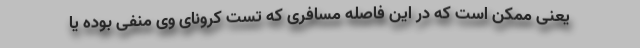
یعنی ممکن است که در این فاصله مسافری که تست کرونای وی منفی بوده یا